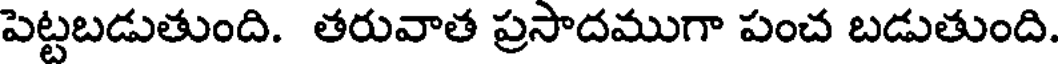
పెట్టబడుతుంది. తరువాత ప్రసాదముగా పంచ బడుతుంది.